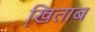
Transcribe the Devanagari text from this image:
खि़ताब